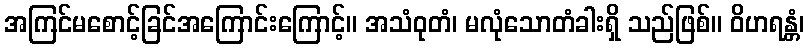
အကြင်မစောင့်ခြင်အကြောင်းကြောင့်။ အသံဝုတံ၊ မလုံသောတံခါးရှိ သည်ဖြစ်။ ဝိဟရန္တံ၊